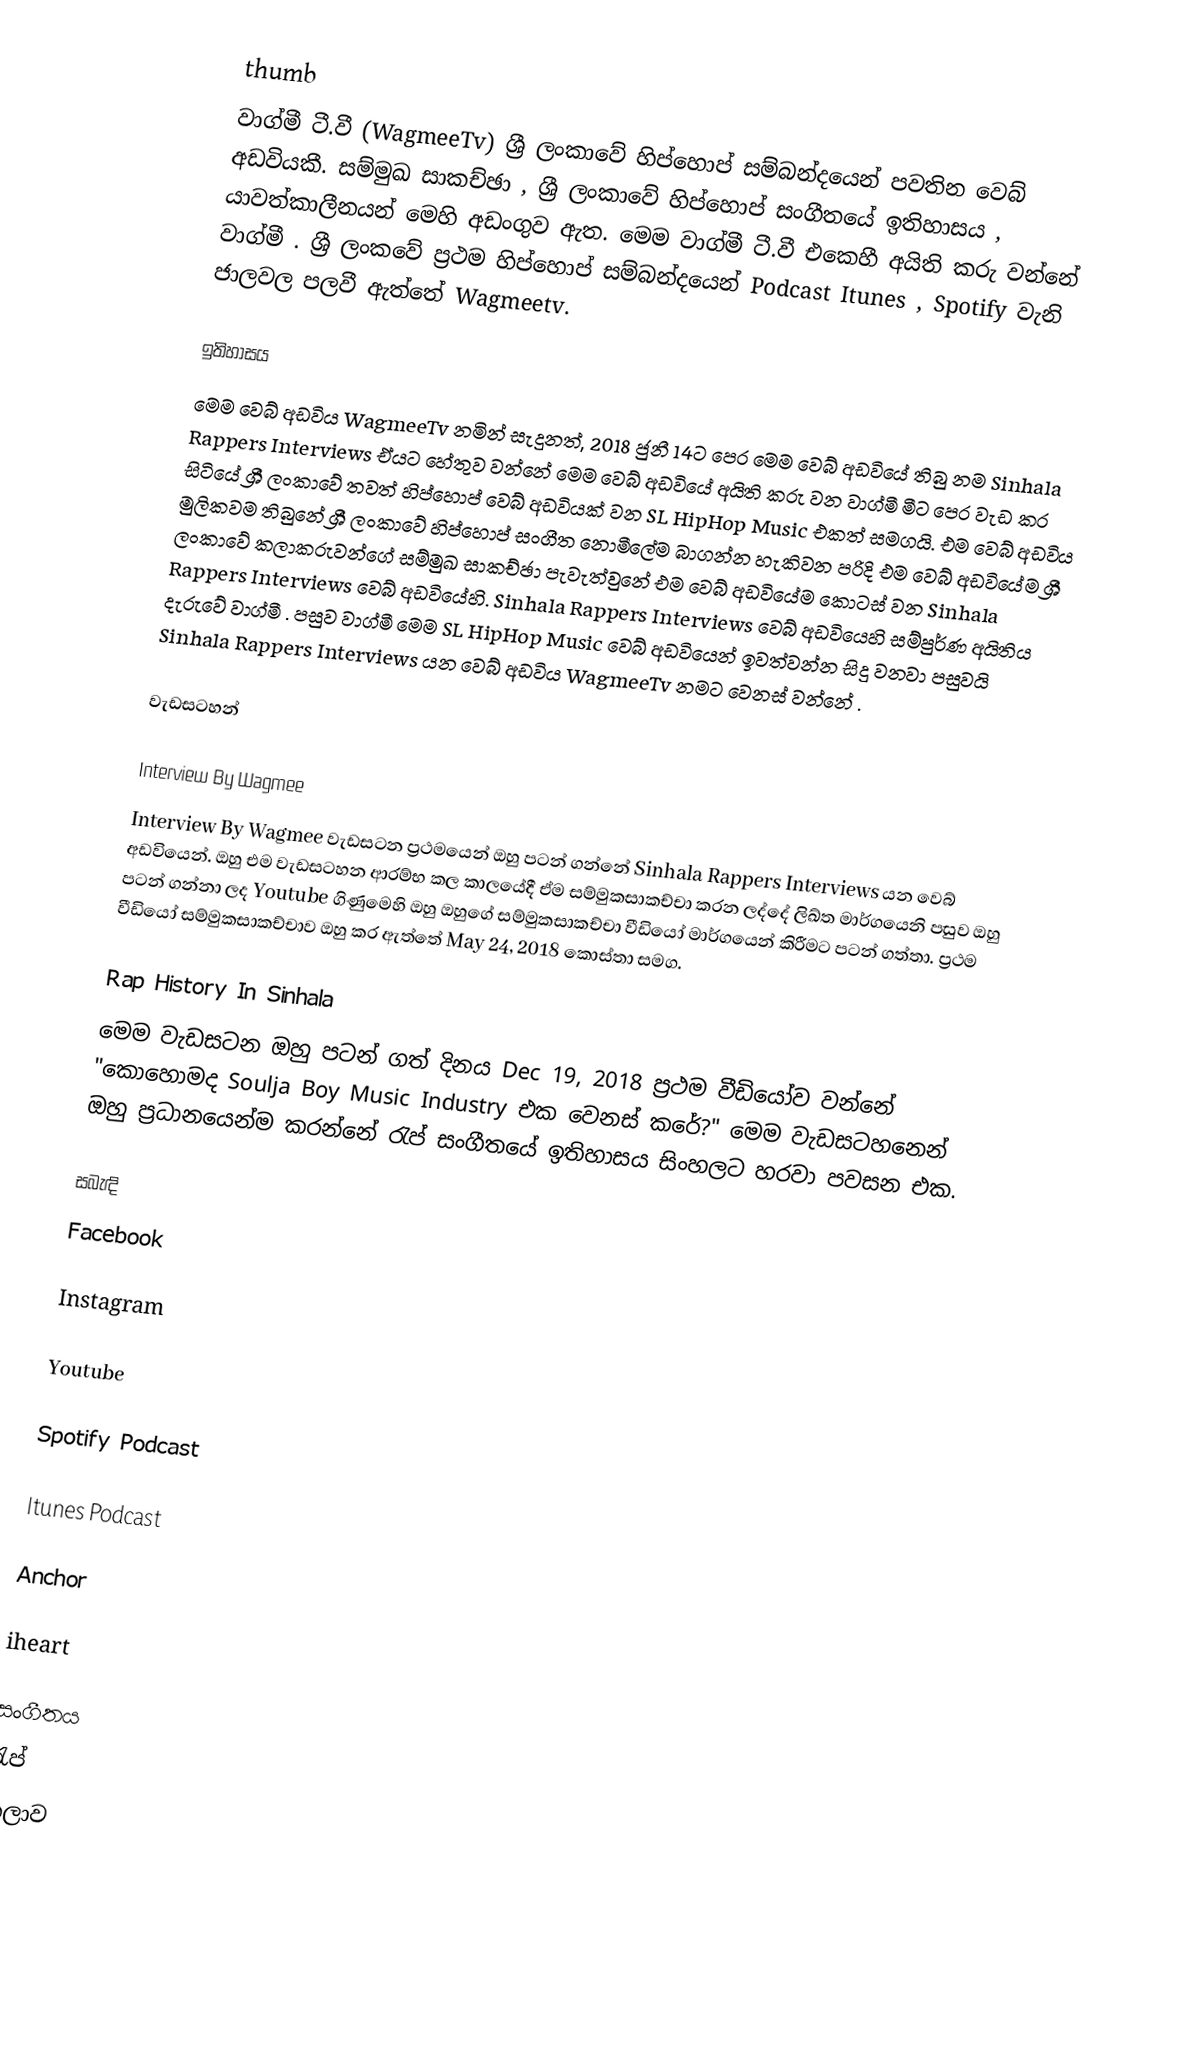
thumb
වාග්මී ටී.වී (WagmeeTv) ශ්‍රී ලංකාවේ හිප්හොප් සම්බන්දයෙන් පවතින වෙබ් අඩවියකී. සම්මුඛ සාකච්ඡා , ශ්‍රී ලංකාවේ හිප්හොප් සංගීතයේ ඉතිහාසය , යාවත්කාලීනයන් මෙහි අඩංගුව ඇත. මෙම වාග්මී ටී.වී එකෙහී අයිති කරු වන්නේ වාග්මී .  ශ්‍රී ලංකවේ ප්‍රථම හිප්හොප් සම්බන්දයෙන් Podcast Itunes , Spotify වැනි ජාලවල පලවී ඇත්තේ Wagmeetv.

ඉතිහාසය
මෙම වෙබ් අඩවිය  WagmeeTv නමින් සැදුනත්, 2018 ජුනී 14ට පෙර මෙම වෙබ් අඩවියේ තිබු නම Sinhala Rappers Interviews ඒයට හේතුව වන්නේ මෙම වෙබ් අඩවියේ අයිති කරු වන වාග්මී මීට පෙර වැඩ කර සිටියේ ශ්‍රී ලංකාවේ තවත් හිප්හොප් වෙබ් අඩවියක් වන SL HipHop Music එකත් සමගයි. එම වෙබ් අඩවිය මුලිකවම තිබුනේ ශ්‍රී ලංකාවේ හිප්හොප් සංගීත නොමීලේම බාගන්න හැකිවන පරිදි එම වෙබ් අඩවියේම ශ්‍රී ලංකාවේ කලාකරුවන්ගේ සම්මුඛ සාකච්ඡා පැවැත්වුනේ එම වෙබ් අඩවියේම කොටස් වන Sinhala Rappers Interviews වෙබ් අඩවියේහි. Sinhala Rappers Interviews වෙබ් අඩවියෙහි සම්පුර්ණ අයිතිය දැරුවේ වාග්මී . පසුව වාග්මී මෙම SL HipHop Music වෙබ් අඩවියෙන් ඉවත්වන්න සිදු වනවා පසුවයි Sinhala Rappers Interviews යන වෙබ් අඩවිය  WagmeeTv නමට වෙනස් වන්නේ .

වැඩසටහන්

Interview By Wagmee
Interview By Wagmee වැඩසටන ප්‍රථමයෙන් ඔහු පටන් ගන්නේ Sinhala Rappers Interviews යන වෙබ් අඩවියෙන්. ඔහු එම වැඩසටහන ආරම්භ කල කාලයේදී ඒම සම්මුකසාකච්චා කරන ලද්දේ ලිඛ්ත මාර්ගයෙනි පසුව ඔහු පටන් ගන්නා ලද Youtube ගිණුමෙහි ඔහු ඔහුගේ සම්මුකසාකච්චා වීඩියෝ මාර්ගයෙන් කිරීමට පටන් ගත්තා. ප්‍රථම වීඩියෝ සම්මුකසාකච්චාව ඔහු කර ඇත්තේ  May 24, 2018 කොස්තා සමග.

Rap History In Sinhala
මෙම වැඩසටන ඔහු පටන් ගත් දිනය  Dec 19, 2018 ප්‍රථම වීඩියෝව වන්නේ "කොහොමද Soulja Boy Music Industry එක වෙනස් කරේ?" මෙම වැඩසටහනෙන් ඔහු ප්‍රධානයෙන්ම කරන්නේ රැප් සංගීතයේ ඉතිහාසය සිංහලට හරවා පවසන එක.

සබැඳි
Facebook

Instagram

Youtube

Spotify Podcast

Itunes Podcast

Anchor

iheart

සංගීතය
රැප්
කලාව